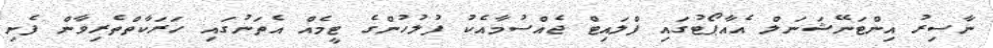
ނާސިރު އިންޓަނޭޝަނަލް އެއާޕޯޓުގައި ފްލައިޓް ޖެއްސުމާއެކު ފުލުހުންގެ ޓީމެއް އެތަނުގައި ހަރަކާތްތެރިވާން ފެށި